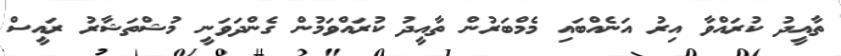
ތާއީދު ކުރައްވާ އިރު އަނެއްބައި މެމްބަރުން ތާއީދު ކުރައްވަމުން ގެންދަވަނީ މުޝްތަޝާރު ރައީސް